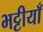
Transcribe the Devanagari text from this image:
भट्टीयाँ